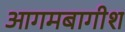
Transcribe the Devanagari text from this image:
आगमबागीश